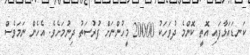
ކަނޑައަޅާފައި އޮތީ ކޮންމެ ދުވަހަކު 20000 މީހުންނަށް ފުރުސަތު ދިނުމަށެވެ. އެހެން ނަމަވެސް